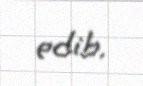
edib.